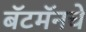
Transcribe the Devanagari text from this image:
बॅटमॅनचे